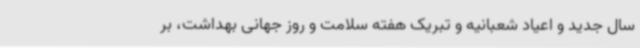
سال جدید و اعیاد شعبانیه و تبریک هفته سلامت و روز جهانی بهداشت، بر